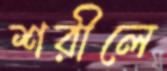
শরীলে